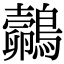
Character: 𪇄